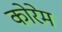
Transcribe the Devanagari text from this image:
कोरेम